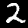
Digit: 2